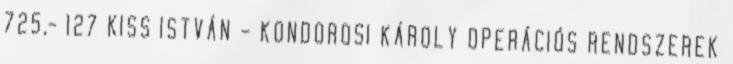
725,- 127 KISS ISTVÁN – KONDOROSI KÁROLY OPERÁCIÓS RENDSZEREK